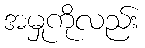
အမှုကိုလည်း